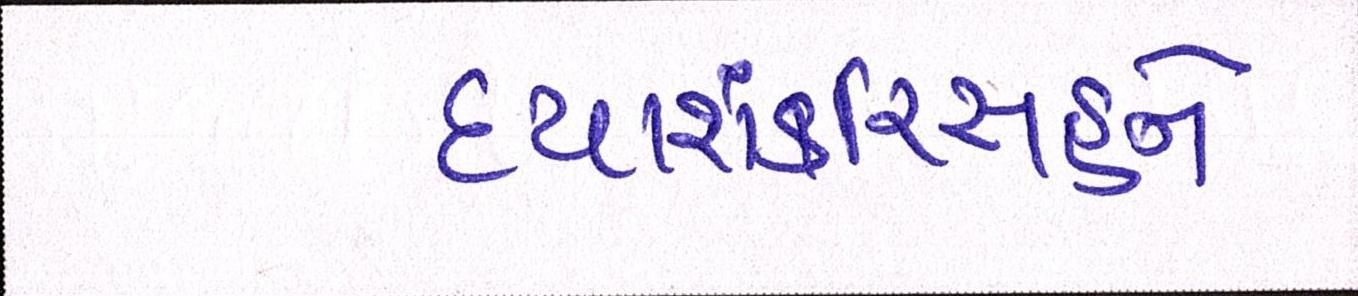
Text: દયાશંકરિંસહને